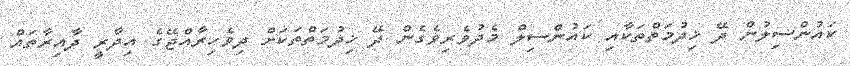
ކައުންސިލުން ދޭ ޚިދުމަތްތަކާއި ކައުންސިލް މެދުވެރިވެގެން ދޭ ޚިދުމަތްތަކަށް ދިވެހިރާއްޖޭގެ އިދާރީ ދާއިރާތައް